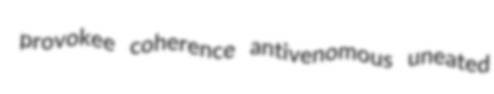
provokee coherence antivenomous uneated